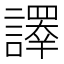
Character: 𧬳